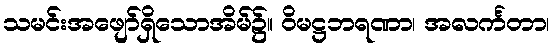
သမင်းအဖျော်ရှိသောအိမ်၌။ ဝိမဋ္ဌဘရဏာ၊ အလင်္ကတာ၊